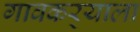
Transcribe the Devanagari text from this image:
गावकर्‍याला